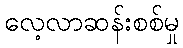
လေ့လာဆန်းစစ်မှု